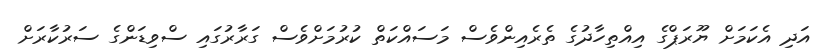
އަދި އެކަމަށް ޔޫރަޕްގެ އިއްތިހާދުގެ ތެރެއިންވެސް މަސައްކަތް ކުރުމަށްވެސް ގަރާރުގައި ސްވިޑަންގެ ސަރުކާރަށް